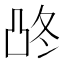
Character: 𰄓